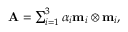
\begin{array} { r } { \mathbf { A } = \sum _ { i = 1 } ^ { 3 } \alpha _ { i } \mathbf { m } _ { i } \otimes \mathbf { m } _ { i } , } \end{array}